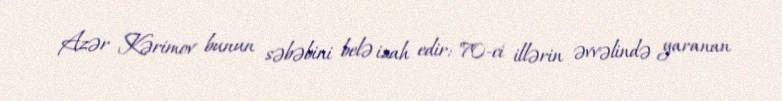
Azər Kərimov bunun səbəbini belə izah edir: "70-ci illərin əvvəlində yaranan